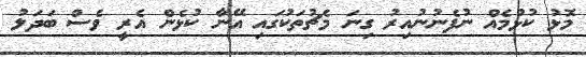
މޮޅު ކުޅުމެއް ނުފެނުނުއިރު ގިނަ މެޗުތަކުގައި އޭނާ ކުޅެން އެރީ ވެސް ބަދަލު